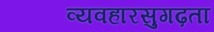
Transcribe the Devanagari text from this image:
व्यवहारसुगढ़ता